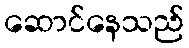
ဆောင်နေသည်